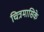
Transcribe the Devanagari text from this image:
चित्रमासिके